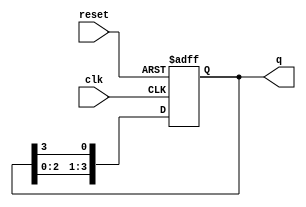
module ring_counter #(parameter N = 4) (
    input wire clk,          // Clock input
    input wire reset,        // Asynchronous reset
    output reg [N-1:0] q     // Output state of the counter
);

// Initial state
initial begin
    q = 1'b1; // Set the initial state to 100...0
end

// Always block triggered on the rising edge of the clock or reset
always @(posedge clk or posedge reset) begin
    if (reset) begin
        q <= 1'b1; // Reset to initial state
    end else begin
        // Shift the '1' through the ring
        q <= {q[N-2:0], q[N-1]}; // Shift left and wrap around
    end
end

endmodule